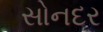
સોનદર